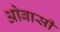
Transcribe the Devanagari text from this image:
ओबासी